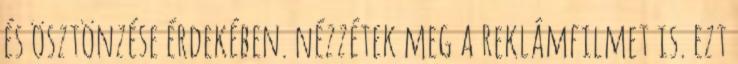
és ösztönzése érdekében. nézzétek meg a reklámfilmet is. ezt